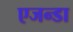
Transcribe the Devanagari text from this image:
एजन्डा